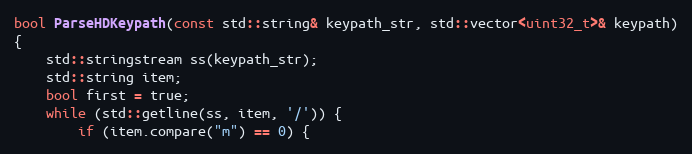
Language: C++
bool ParseHDKeypath(const std::string& keypath_str, std::vector<uint32_t>& keypath)
{
    std::stringstream ss(keypath_str);
    std::string item;
    bool first = true;
    while (std::getline(ss, item, '/')) {
        if (item.compare("m") == 0) {